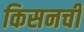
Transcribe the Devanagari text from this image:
किसनची